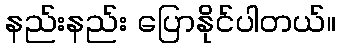
နည်းနည်း ပြောနိုင်ပါတယ်။